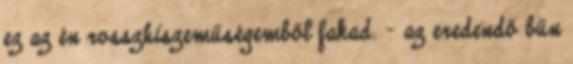
ez az én rosszhiszeműségemből fakad. - az eredendő bűn